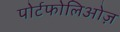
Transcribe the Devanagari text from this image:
पोर्टफोलिओज़